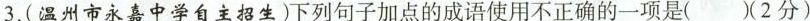
3.(温州市永嘉中学自主招生)下列句子加点的成语使用不正确的一项是()(2分)